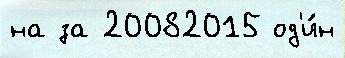
на за 20082015 од'и́н